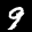
Label: 9